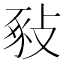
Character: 𢽚